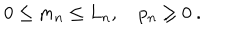
LaTeX: 0 \le m _ { n } \le L _ { n } , \quad p _ { n } \ge 0 \ .